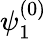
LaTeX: \psi_{1}^{(0)}